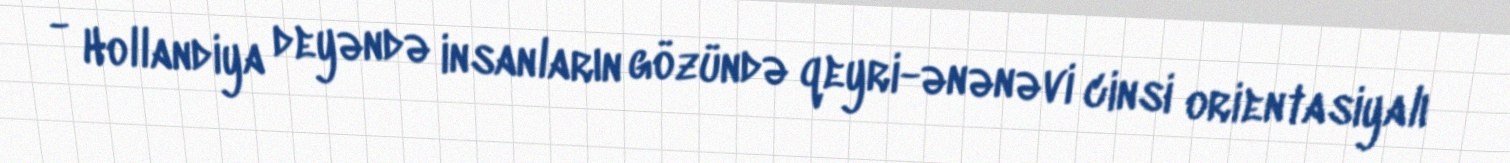
- Hollandiya deyəndə insanların gözündə qeyri-ənənəvi cinsi orientasiyalı